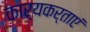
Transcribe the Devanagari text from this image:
कार्यकर्ताएं